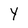
Character: Y